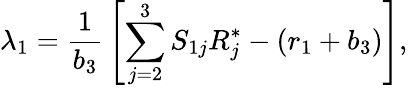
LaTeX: \lambda_{1}={\frac{1}{b_{3}}}\left[\sum_{j=2}^{3}S_{1j}R_{j}^{*}-(r_{1}+b_{3})\right],